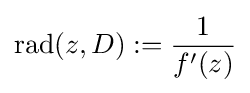
\operatorname {rad} (z,D):={\frac {1}{f'(z)}}